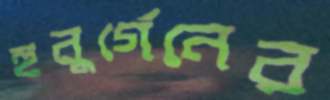
হুবুর্গেনের